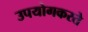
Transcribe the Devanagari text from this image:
उपयोगकरते